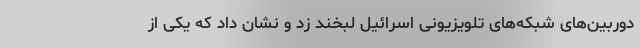
دوربین‌های شبکه‌های تلویزیونی اسرائیل لبخند زد و نشان داد که یکی از